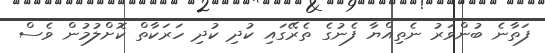
ފަތާނެ ބުންވަރު ނެތިއްޔާ ފެނުގެ ތެރޭގައި ކުދި ކުދި ހަރަކާތް ކޮށްލުމުން ވެސް